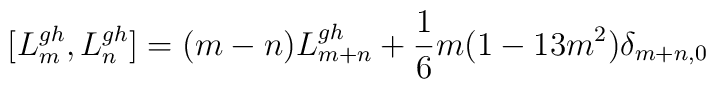
[L_{m}^{gh},L_{n}^{gh}]=(m-n)L_{m+n}^{gh}+\frac{1}{6}m(1-13m^{2})\delta_{m+n,0}